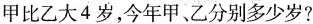
甲比乙大4岁，今年甲、乙分别多少岁?